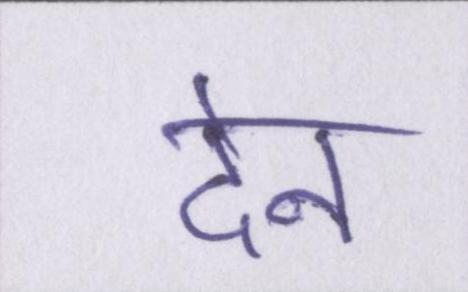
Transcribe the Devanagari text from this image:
देन